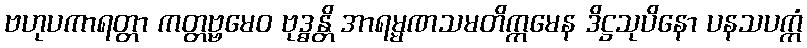
ဗဟုပကာရတ္တာ ကတ္တဗ္ဗမေဝ ဗုဒ္ဓန္တိ အာရမ္မဏသမတိက္ကမေန ဒိဋ္ဌသုပိနော ပနသပက္ကံ